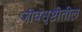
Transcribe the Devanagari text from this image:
जीवसृष्टीतील